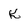
Character: K